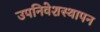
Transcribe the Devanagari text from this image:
उपनिवेशस्थापन